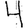
Digit: 4